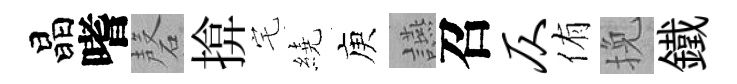
晶嗜磬揜宅繞庾讌召仄侑挽鐵